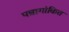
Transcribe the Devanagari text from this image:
पन्नागांकित